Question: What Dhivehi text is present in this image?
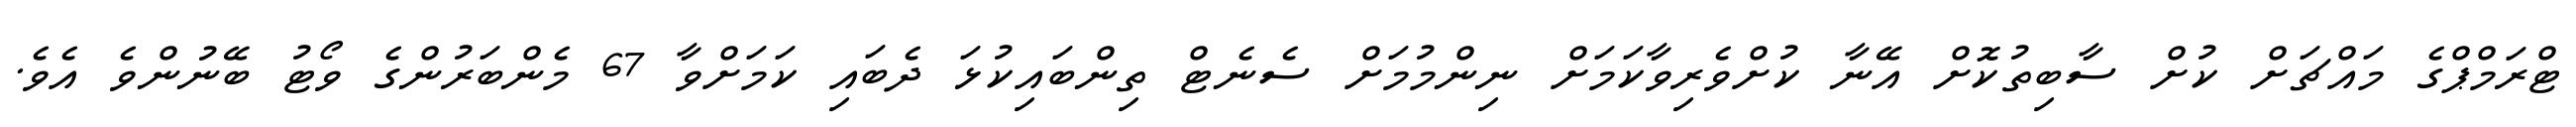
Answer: ޓްރަމްޕްގެ މައްޗަށް ކުށް ސާބިތުކޮށް އޭނާ ކުށްވެރިވާކަމަށް ނިންމުމަށް ސެނެޓް ތިންބައިކުޅަ ދެބައި ކަމަށްވާ 67 މެންބަރުންގެ ވޯޓު ބޭނުންވެ އެވެ.